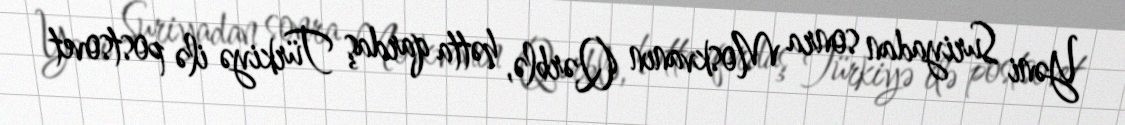
Yəni Suriyadan sonra Moskvanın Qərblə, hətta qardaş Türkiyə ilə postsovet